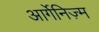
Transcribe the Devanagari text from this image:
आर्गेनिज़्म